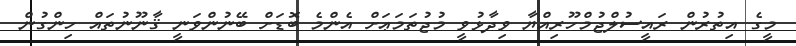
މީގެ އިތުރުން ރައީސުލްޖުމްހޫރިއްޔާ ވިދާޅުވީ މުޖުތަމަޢަށް އެންމެ ބޮޑަށް ބޭނުންވަނީ ޤާނޫނުތައް ހިންގުން